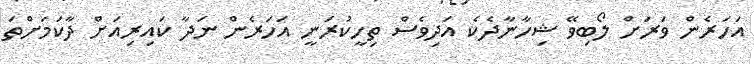
އަހަރެން ވަރަށް ލޯބިވޭ ޝިހާނާދެކެ އަދިވެސް ތިހީކުރަނީ އަހަރެން ނަދާ ކައިރިއަށް ދާކަމަށްތަ